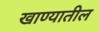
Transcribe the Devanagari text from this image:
खाण्यातील